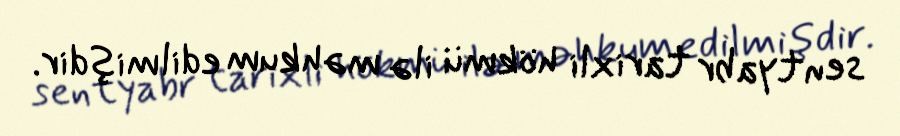
sentyabr tarixli hökmü ilə məhkum edilmişdir.